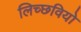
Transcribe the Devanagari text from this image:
लिच्छवियो